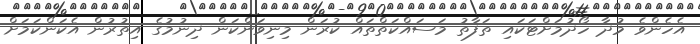
އެހެންވެ މުދާ ހޯދުމަށްޓަކައި ތަފާތު މަސައްކަތްތައް ކުރަން މިނިވަންކަން ދިނުމުގެ އިތުރުން އެކަންކަމަށް